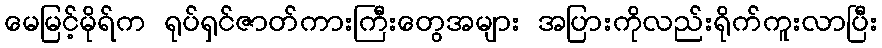
မေမြင့်မိုရ်က ရုပ်ရှင်ဇာတ်ကားကြီးတွေအများ အပြားကိုလည်းရိုက်ကူးလာပြီး